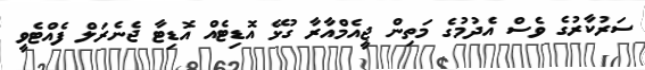
ސަރުކާރުގެ ވެސް އެދުމުގެ މަތިން ޖީއެމްއާރާ ގުޅޭ އޮޑިޓެއް އޮޑިޓާ ޖެނެރަލް ފެއްޓެވީ